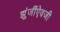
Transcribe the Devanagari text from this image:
झुंजींऐवजी